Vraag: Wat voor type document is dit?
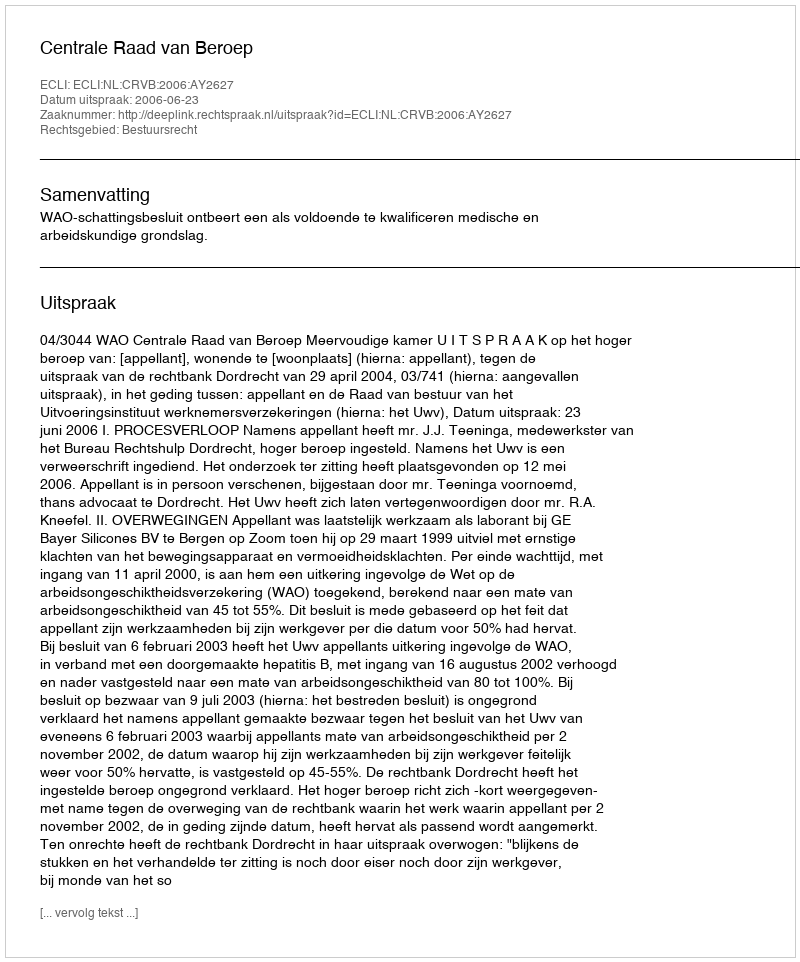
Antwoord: Uitspraak